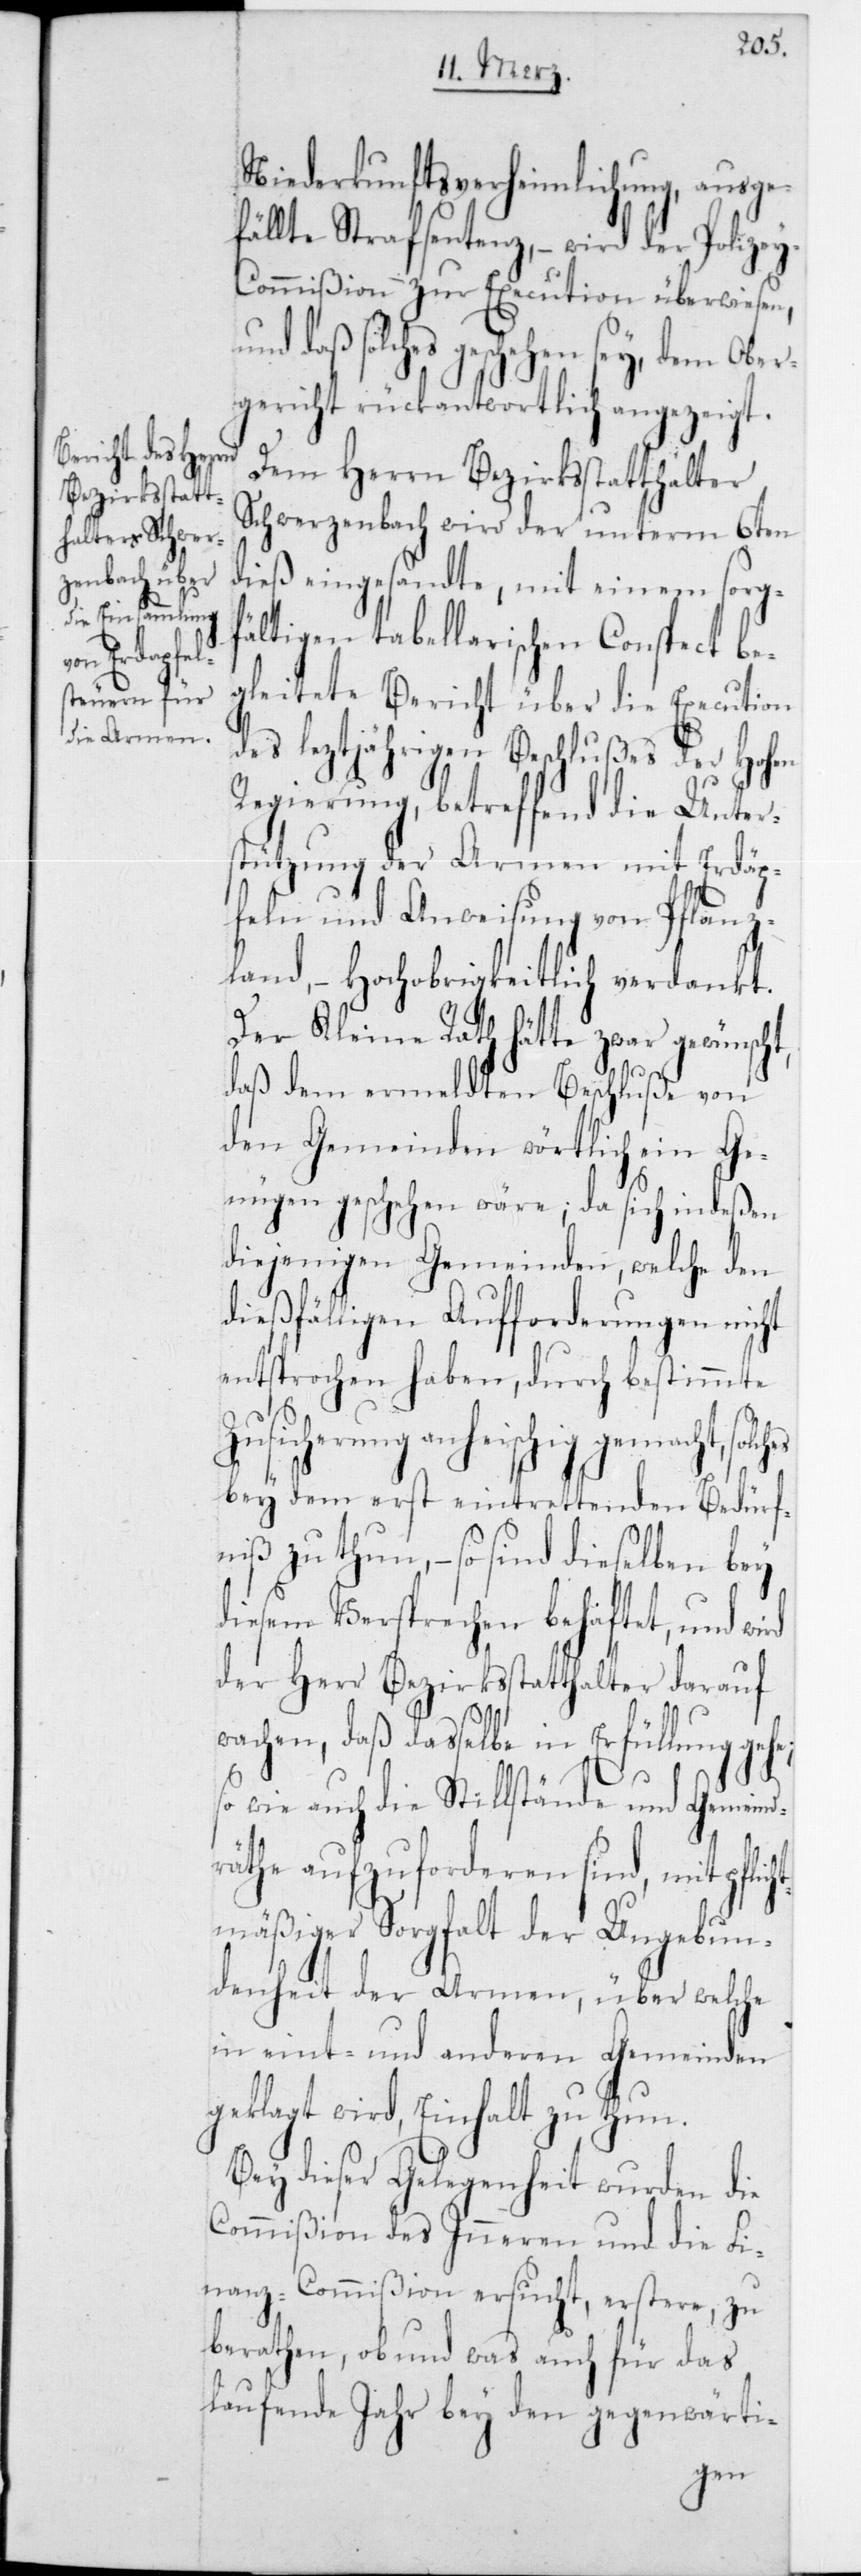
pflicht¬

Niederkunftsverheimlichung, ausge¬
fällte Strafsentenz, – wird der Polize¬
y-Commißion zur Execution überwiesen,
und daß solches geschehen sey, dem Ober¬
gericht rückantwortlich angezeigt.
Dem Herrn Bezirksstatthalter
Schwerzenbach wird der unterm 6ten
dieß eingesandte, mit einem sorg¬
fältigen tabellarischen Conspect be¬
gleitete Bericht über die Execution
des leztjährigen Beschlußes der Hohen
Regierung, betreffend die Unter¬
stützung der Armen mit Erdäp¬
feln und Anweisung von Pflanz¬
land, – Hochobrigkeitlich verdankt.
Der Kleine Rat hätte zwar gewünscht,
daß dem ermeldten Beschluße von
den Gemeinden wörtlich ein Ge¬
nüge geschehen wäre; da sich indeßen
diejenigen Gemeinden, welche den
dießfälligen Aufforderungen nicht
entsprochen haben, durch bestimmte
Zusicherung anheischig gemacht,
bey dem erst eintrettenden Bedürf¬
niß zu thun, – so sind dieselben bey
diesem Versprechen behaftet, und
der Herr Bezirksstatthalter darauf
wachen, daß dasselbe in Erfüllung geh¬
so wie auch die Stillstände und Gemeind¬
räthe aufzuforderen sind, mit
mäßiger Sorgfalt der Ungebun¬
denheit der Armen, über welche
in eint- und anderen Gemeinden
geklagt wird, Einhalt zu thun.
Bey dieser Gelegenheit wurden die
Commißion des Innern und die Fi¬
nanz-Commißion ersucht, erstere, zu
berathen, ob und was auch für das
laufende Jahr bey den gegenwärti-